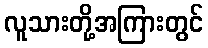
လူသားတို့အကြားတွင်